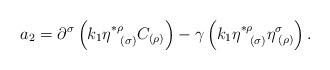
LaTeX: \begin{align*}a_{2}=\partial ^{\sigma }\left( k_{1}\eta _{\;\;\;(\sigma )}^{*\rho}C_{(\rho )}\right) -\gamma \left( k_{1}\eta _{\;\;\;(\sigma )}^{*\rho }\eta_{\;(\rho )}^{\sigma }\right) . \end{align*}